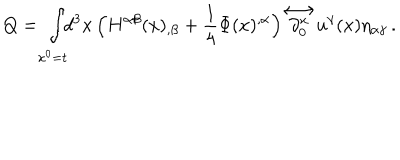
Q = \int _ { x ^ { 0 } = t } \! \! d ^ { 3 } x \, \Big ( H ^ { \alpha \beta } ( x ) _ { , \beta } + \frac { 1 } { 4 } \Phi ( x ) ^ { , \alpha } \Big ) { \stackrel { \longleftrightarrow } { \partial _ { 0 } ^ { x } } } u ^ { \gamma } ( x ) \eta _ { \alpha \gamma } \, .